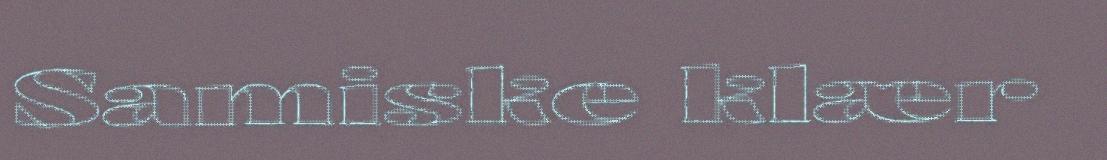
Samiske klær